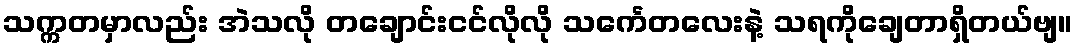
သက္ကတမှာလည်း အဲသလို တချောင်းငင်လိုလို သင်္ကေတလေးနဲ့ သရကိုချေတာရှိတယ်ဗျ။